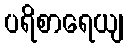
ပရိစာရေယျ